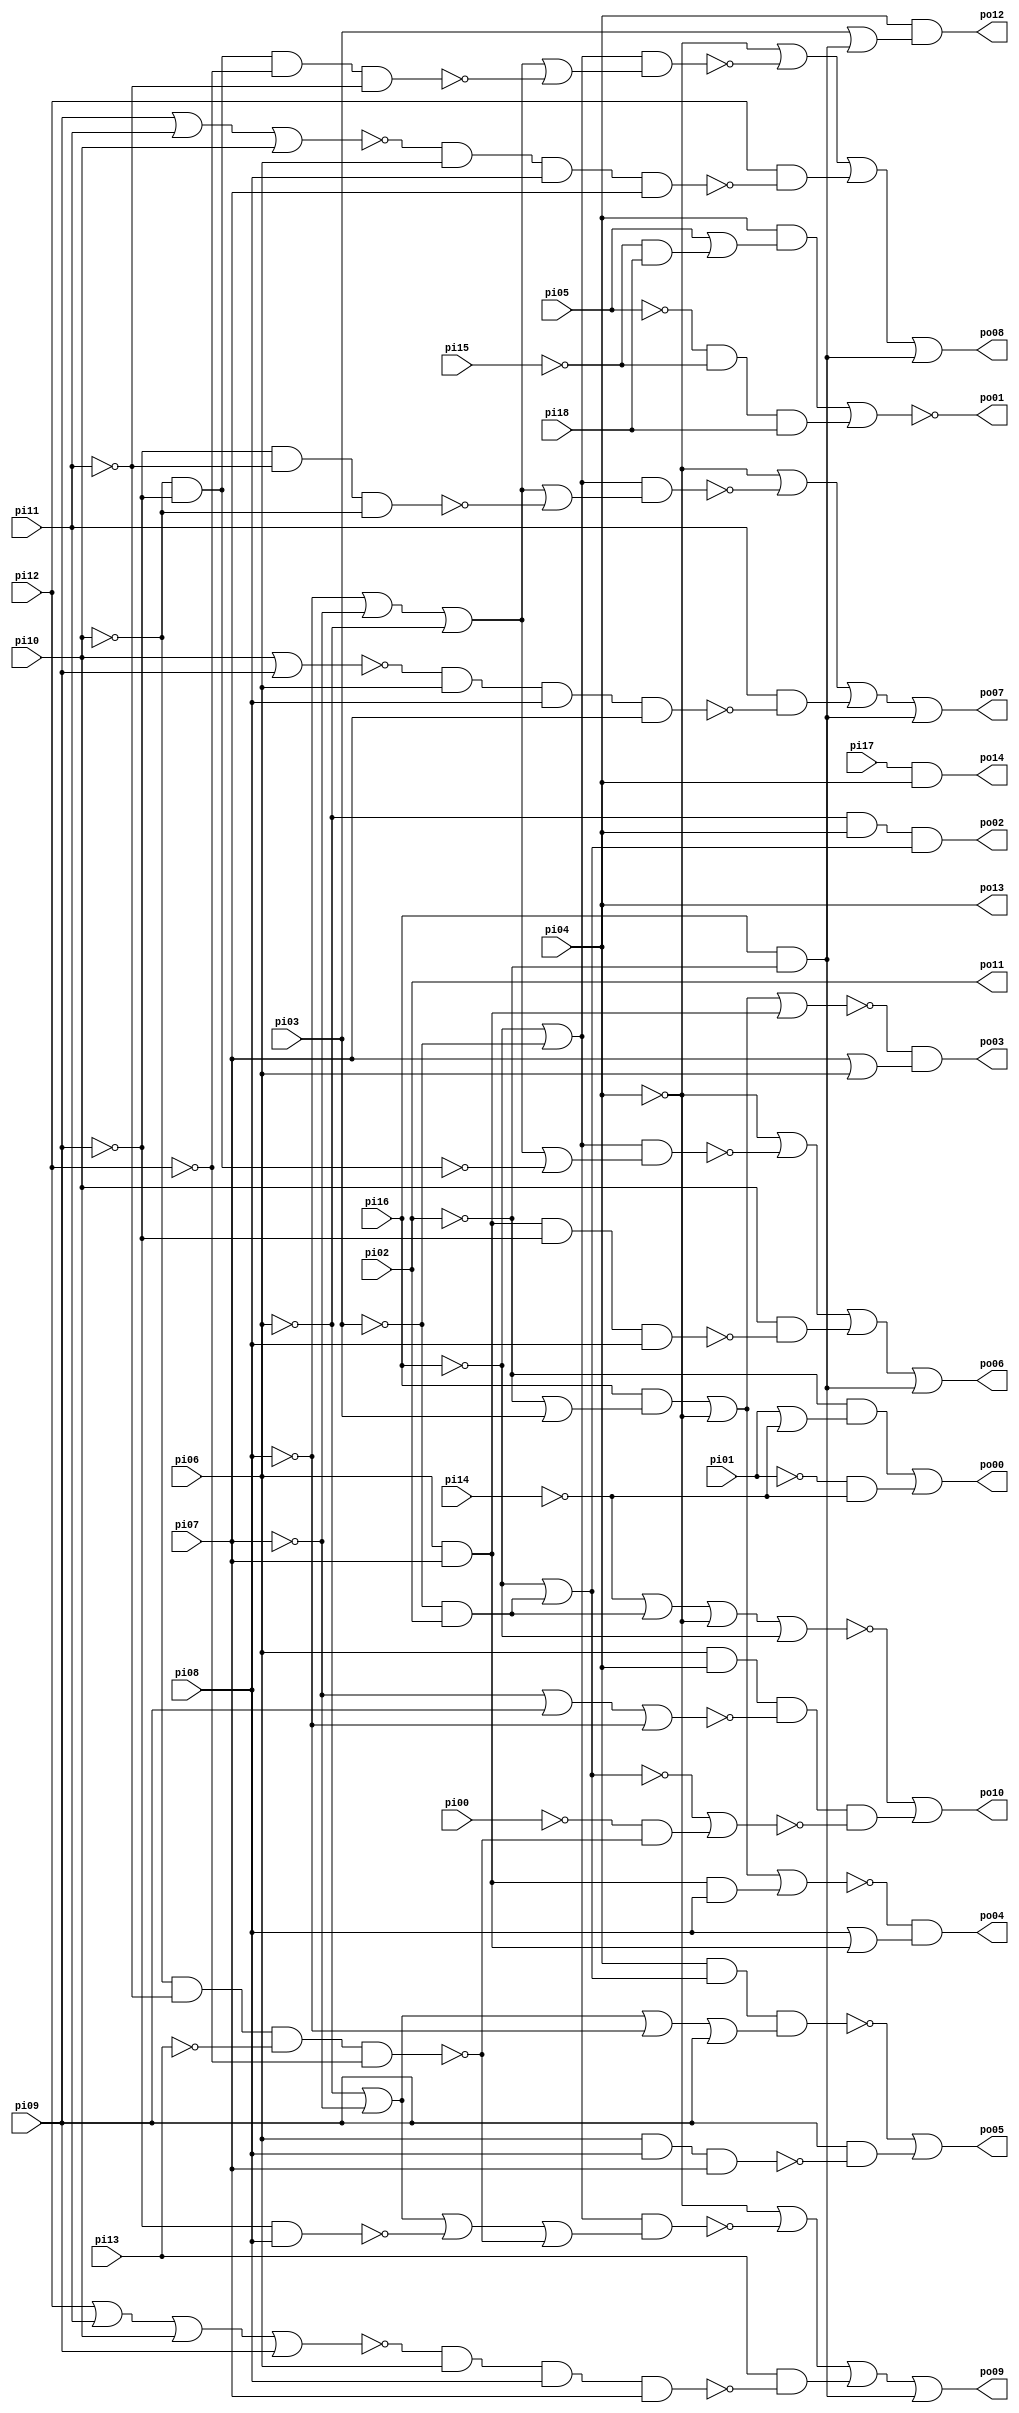
// Benchmark "sct" written by ABC on Thu Mar 19 13:02:36 2020

module sct ( 
    pi00, pi01, pi02, pi03, pi04, pi05, pi06, pi07, pi08, pi09, pi10, pi11,
    pi12, pi13, pi14, pi15, pi16, pi17, pi18,
    po00, po01, po02, po03, po04, po05, po06, po07, po08, po09, po10, po11,
    po12, po13, po14  );
  input  pi00, pi01, pi02, pi03, pi04, pi05, pi06, pi07, pi08, pi09,
    pi10, pi11, pi12, pi13, pi14, pi15, pi16, pi17, pi18;
  output po00, po01, po02, po03, po04, po05, po06, po07, po08, po09, po10,
    po11, po12, po13, po14;
  wire new_n48_, new_n49_, new_n50_, new_n51_, new_n52_, new_n53_, new_n54_,
    new_n55_, new_n56_, new_n57_, new_n58_, new_n59_, new_n60_, new_n61_,
    new_n62_, new_n63_, new_n64_, new_n65_, new_n66_, new_n67_, new_n68_,
    new_n69_, new_n70_, new_n71_, new_n72_;
  assign po00 = (~pi02 & (pi01 | ~pi14)) | (~pi01 & ~pi14);
  assign po01 = ~new_n72_;
  assign po02 = ~pi06 & pi04 & (~pi16 | (~pi03 & pi02));
  assign po03 = ~new_n48_ & (pi07 | pi06);
  assign po04 = ~new_n49_ & (pi08 | (pi06 & pi07));
  assign po05 = ~new_n51_ | (pi09 & ~new_n50_);
  assign po06 = ~pi04 | ~new_n53_ | (pi10 & ~new_n52_) | (pi16 & ~pi02);
  assign po07 = ~pi04 | ~new_n56_ | (pi11 & ~new_n55_) | (pi16 & ~pi02);
  assign po08 = ~pi04 | ~new_n60_ | (pi12 & ~new_n59_) | (pi16 & ~pi02);
  assign po09 = ~pi04 | ~new_n64_ | (pi13 & ~new_n63_) | (pi16 & ~pi02);
  assign po10 = ~new_n70_ | (pi06 & pi04 & ~new_n68_ & ~new_n69_);
  assign po12 = pi04 & (pi03 | (~pi02 & pi16));
  assign po14 = pi17 & pi04;
  assign new_n48_ = (pi16 & (~pi02 | pi03)) | ~pi04 | (pi06 & pi07);
  assign new_n49_ = (pi16 & (~pi02 | pi03)) | ~pi04 | (pi06 & pi07 & pi08);
  assign new_n50_ = pi06 & pi08 & pi07;
  assign new_n51_ = pi04 & (~pi16 | (~pi03 & pi02)) & (~pi06 | ~pi07 | ~pi08 | pi09);
  assign new_n52_ = pi06 & pi07 & ~pi09 & pi08;
  assign new_n53_ = (~pi16 | ~pi03) & (~pi08 | ~pi07 | ~pi06 | ~new_n54_);
  assign new_n54_ = ~pi10 & ~pi09;
  assign new_n55_ = ~new_n58_ & pi06 & pi08 & pi07;
  assign new_n56_ = (~pi16 | ~pi03) & (~pi08 | ~pi07 | ~pi06 | ~new_n57_);
  assign new_n57_ = ~pi09 & ~pi11 & ~pi10;
  assign new_n58_ = pi10 | pi09;
  assign new_n59_ = ~new_n62_ & pi06 & pi08 & pi07;
  assign new_n60_ = (~pi16 | ~pi03) & (~pi08 | ~pi07 | ~pi06 | ~new_n61_);
  assign new_n61_ = ~pi09 & ~pi10 & ~pi12 & ~pi11;
  assign new_n62_ = pi09 | pi11 | pi10;
  assign new_n63_ = ~new_n67_ & pi06 & pi08 & pi07;
  assign new_n64_ = (~pi16 | ~pi03) & (~pi07 | ~pi06 | ~new_n65_ | ~new_n66_);
  assign new_n65_ = ~pi09 & pi08;
  assign new_n66_ = ~pi10 & ~pi11 & ~pi13 & ~pi12;
  assign new_n67_ = pi12 | pi11 | pi10 | pi09;
  assign new_n68_ = ~pi07 | pi09 | ~pi08;
  assign new_n69_ = ~new_n71_ | (~pi00 & ~new_n66_);
  assign new_n70_ = ~pi14 | (pi02 & ~pi03) | ~pi04 | ~pi16;
  assign new_n71_ = ~pi16 | (pi02 & ~pi03);
  assign new_n72_ = (pi04 & (pi05 | (~pi15 & pi18))) | (~pi05 & ~pi15 & pi18);
  assign po11 = pi02;
  assign po13 = pi04;
endmodule